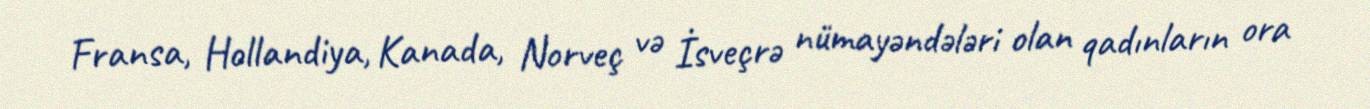
Fransa, Hollandiya, Kanada, Norveç və İsveçrə nümayəndələri olan qadınların ora